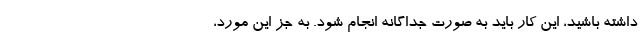
داشته باشید، این کار باید به صورت جداگانه انجام شود. به جز این مورد،